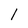
Character: I